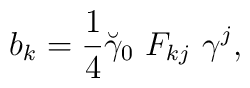
b_k=\frac 14\breve{\gamma}_0~ F_{kj}~\gamma^j,